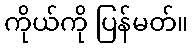
ကိုယ်ကို ပြန်မတ်။